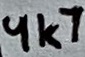
Text: 4k7